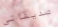
صديقاتي